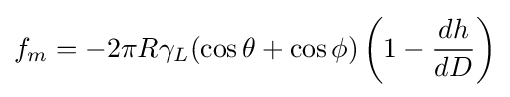
f_{m}=-2\pi R\gamma _{L}(\cos \theta +\cos \phi )\left(1-{\frac {dh}{dD}}\right)